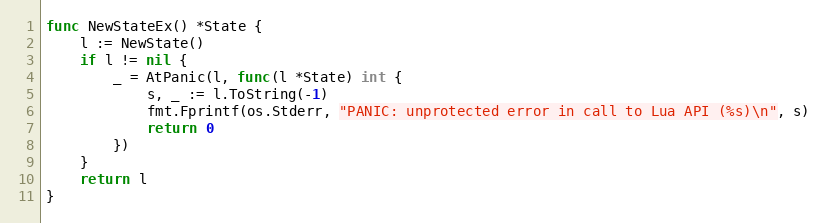
Language: Go
func NewStateEx() *State {
	l := NewState()
	if l != nil {
		_ = AtPanic(l, func(l *State) int {
			s, _ := l.ToString(-1)
			fmt.Fprintf(os.Stderr, "PANIC: unprotected error in call to Lua API (%s)\n", s)
			return 0
		})
	}
	return l
}